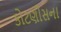
કોટણીસના